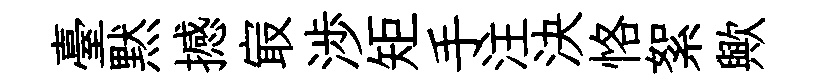
臺黙撼㝡渉矩手注決恪絮歟